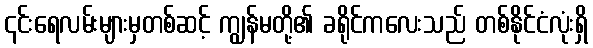
၎င်းရေလမ်းများမှတစ်ဆင့် ကျွန်မတို့၏ ခရိုင်ကလေးသည် တစ်နိုင်ငံလုံးရှိ